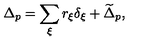
\Delta _ { p } = \sum _ { \xi } r _ { \xi } \delta _ { \xi } + \widetilde \Delta _ { p } ,